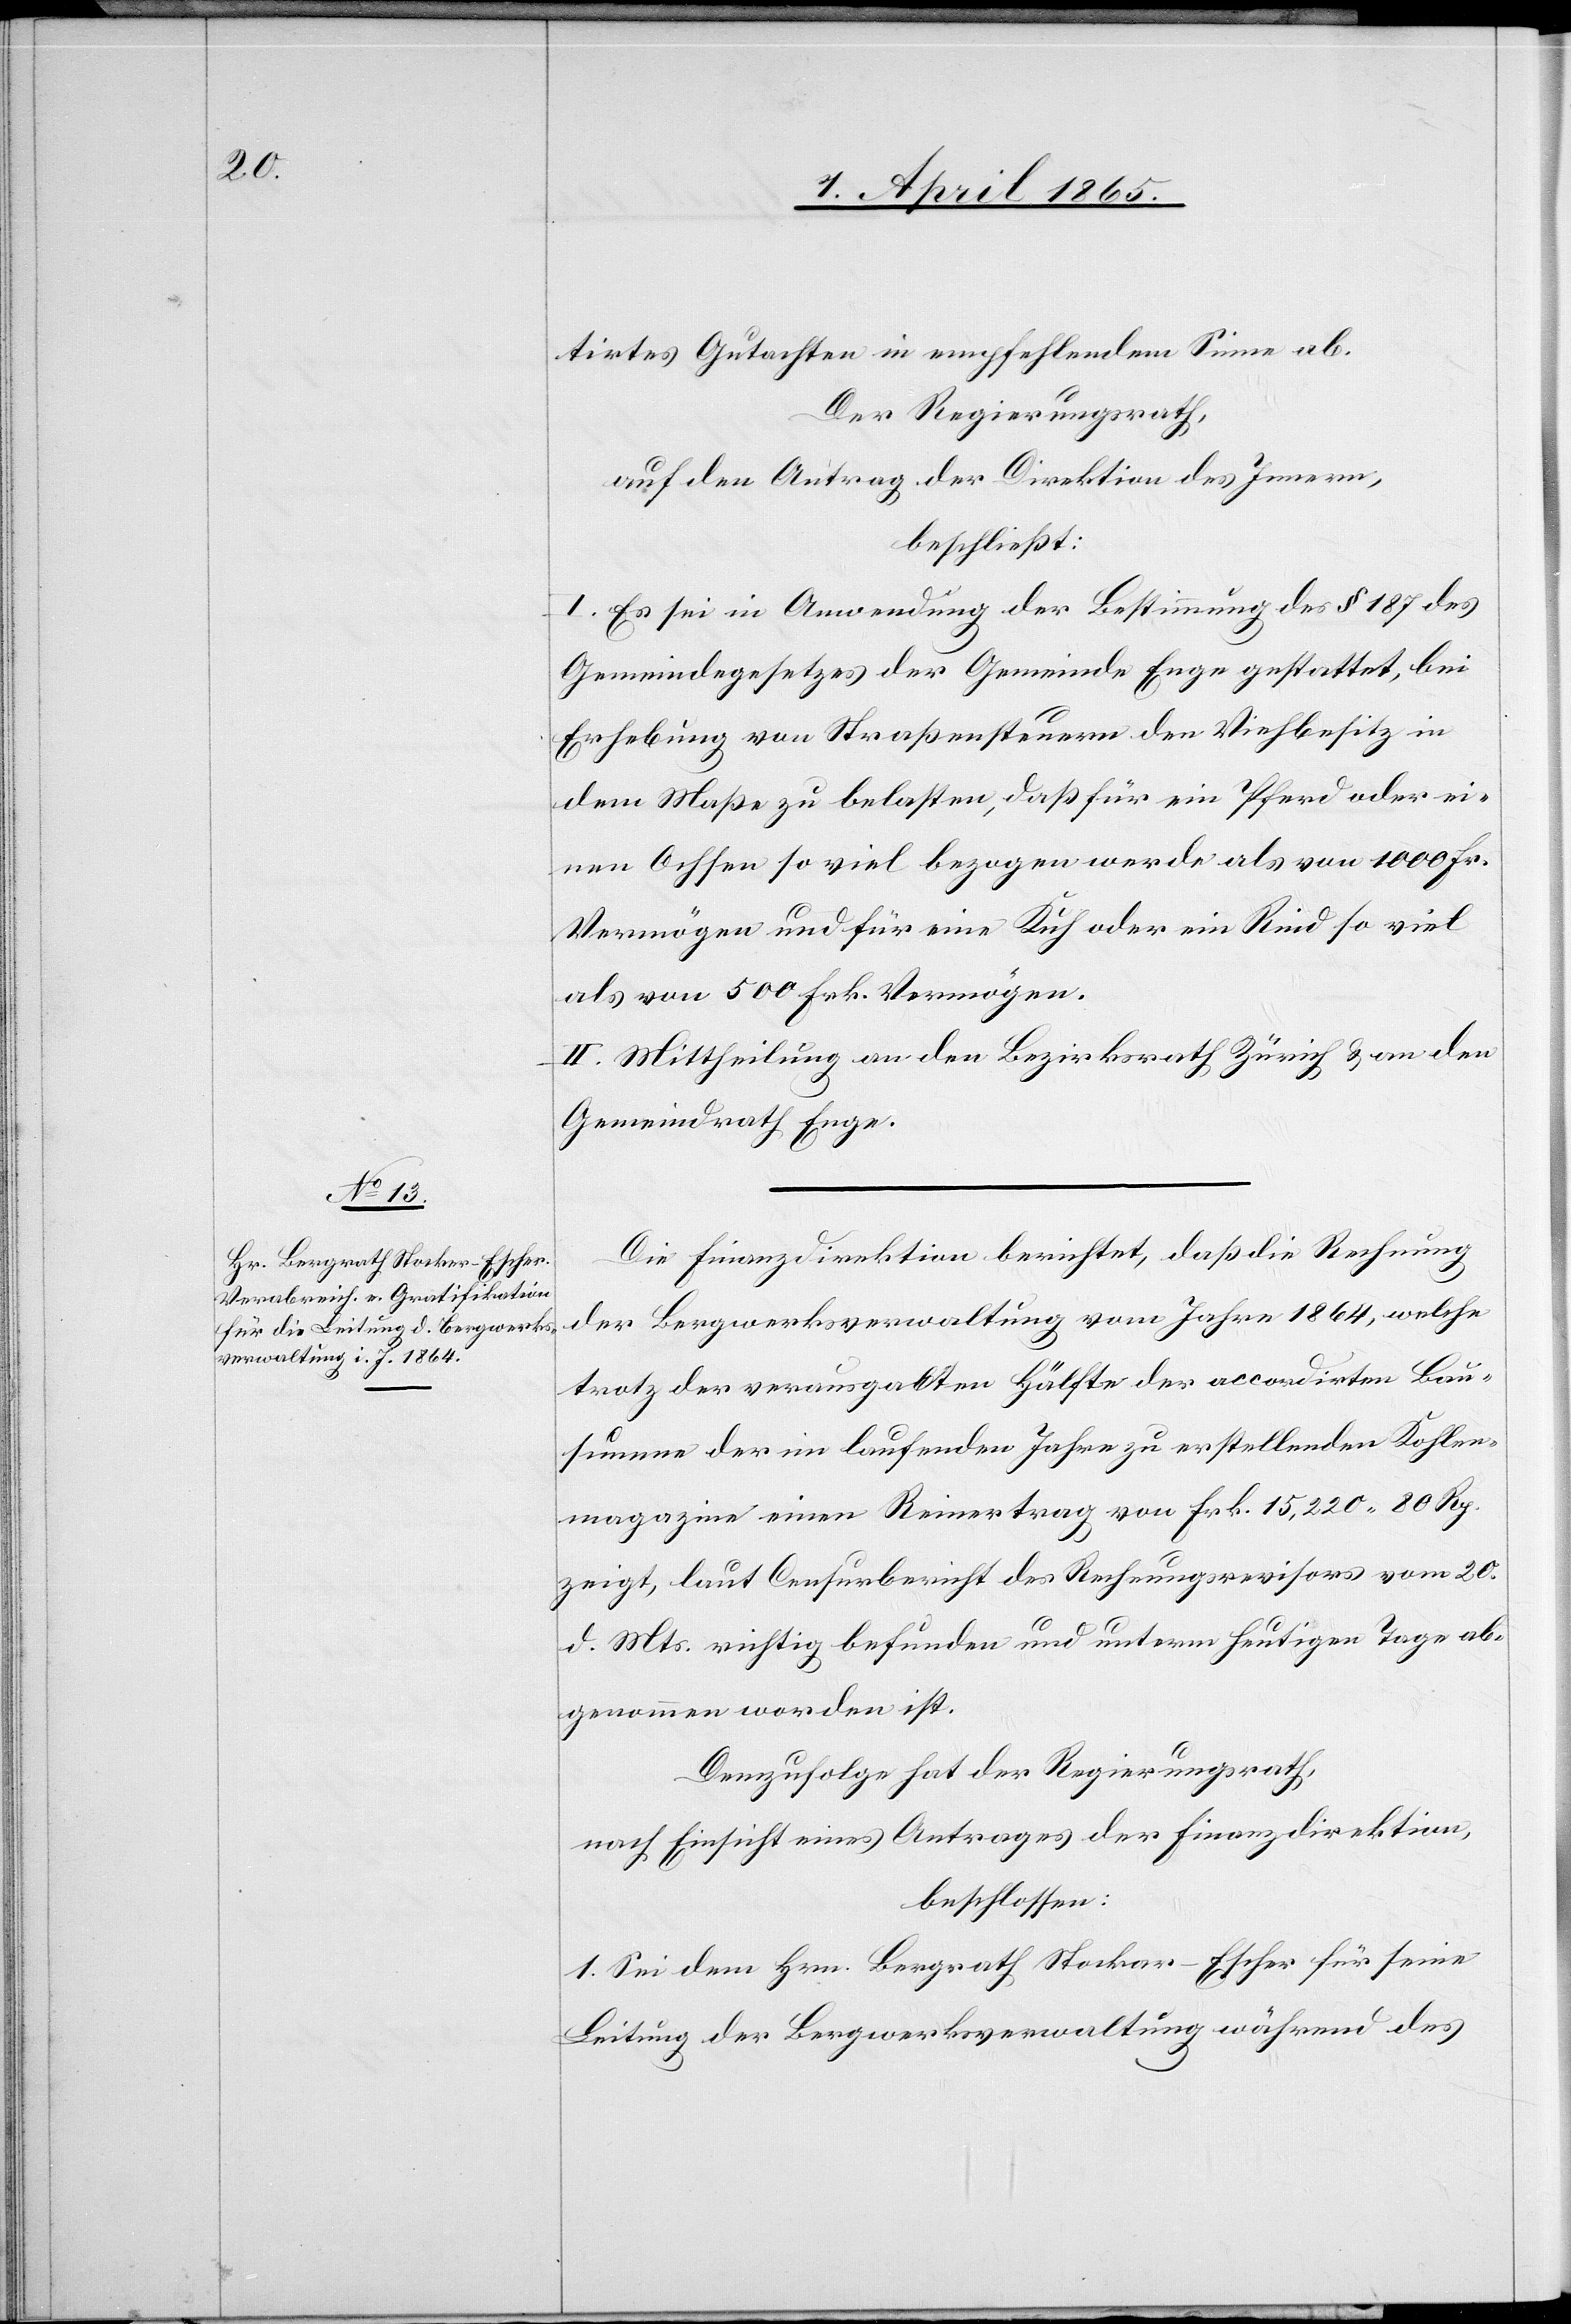
tirtes Gutachten in empfehlendem Sinne ab.
Der Regierungsrath,
auf den Antrag der Direktion des Innern,
beschließt:
I. Es sei in Anwendung der Bestimmung des § 187 des
Gemeindegesetzes der Gemeinde Enge gestattet, bei
Erhebung von Straßensteuern den Viehbesitz in
dem Maße zu belasten, daß für ein Pferd oder ei¬
nen Ochsen so viel bezogen werde als von 1000 Fr.
Vermögen und für eine Kuh oder ein Rind so viel
als von 500 Frk. Vermögen.
II. Mittheilung an den Bezirksrath Zürich & an den
Gemeindrath Enge.
Die Finanzdirektion berichtet, daß die Rechnung
der Bergwerksverwaltung vom Jahre 1864, welche
trotz der verausgabten Hälfte der accordirten Bau¬
summe der im laufenden Jahre erstellenden Kohlen¬
magazine einen Reinertrag von Frk. 15,220 80 Rp.
zeigt, laut Censurbericht des Rechnungsrevisors vom 20.
d. Mts. richtig befunden und unterm heutigen Tage ab¬
genommen worden ist.
Demzufolge hat der Regierungsrath,
nach Einsicht eines Antrages der Finanzdirektion,
beschlossen:
1. Sei dem Hrn. Bergrath Stockar-Escher für seine
Leitung der Bergwerksverwaltung während des